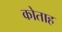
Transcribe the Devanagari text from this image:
कोताह